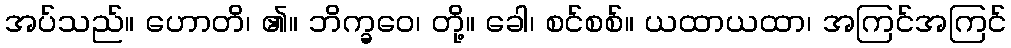
အပ်သည်။ ဟောတိ၊ ၏။ ဘိက္ခဝေ၊ တို့။ ခေါ၊ စင်စစ်။ ယထာယထာ၊ အကြင်အကြင်